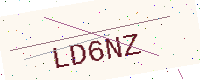
Text: LD6NZ